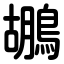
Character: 鶘